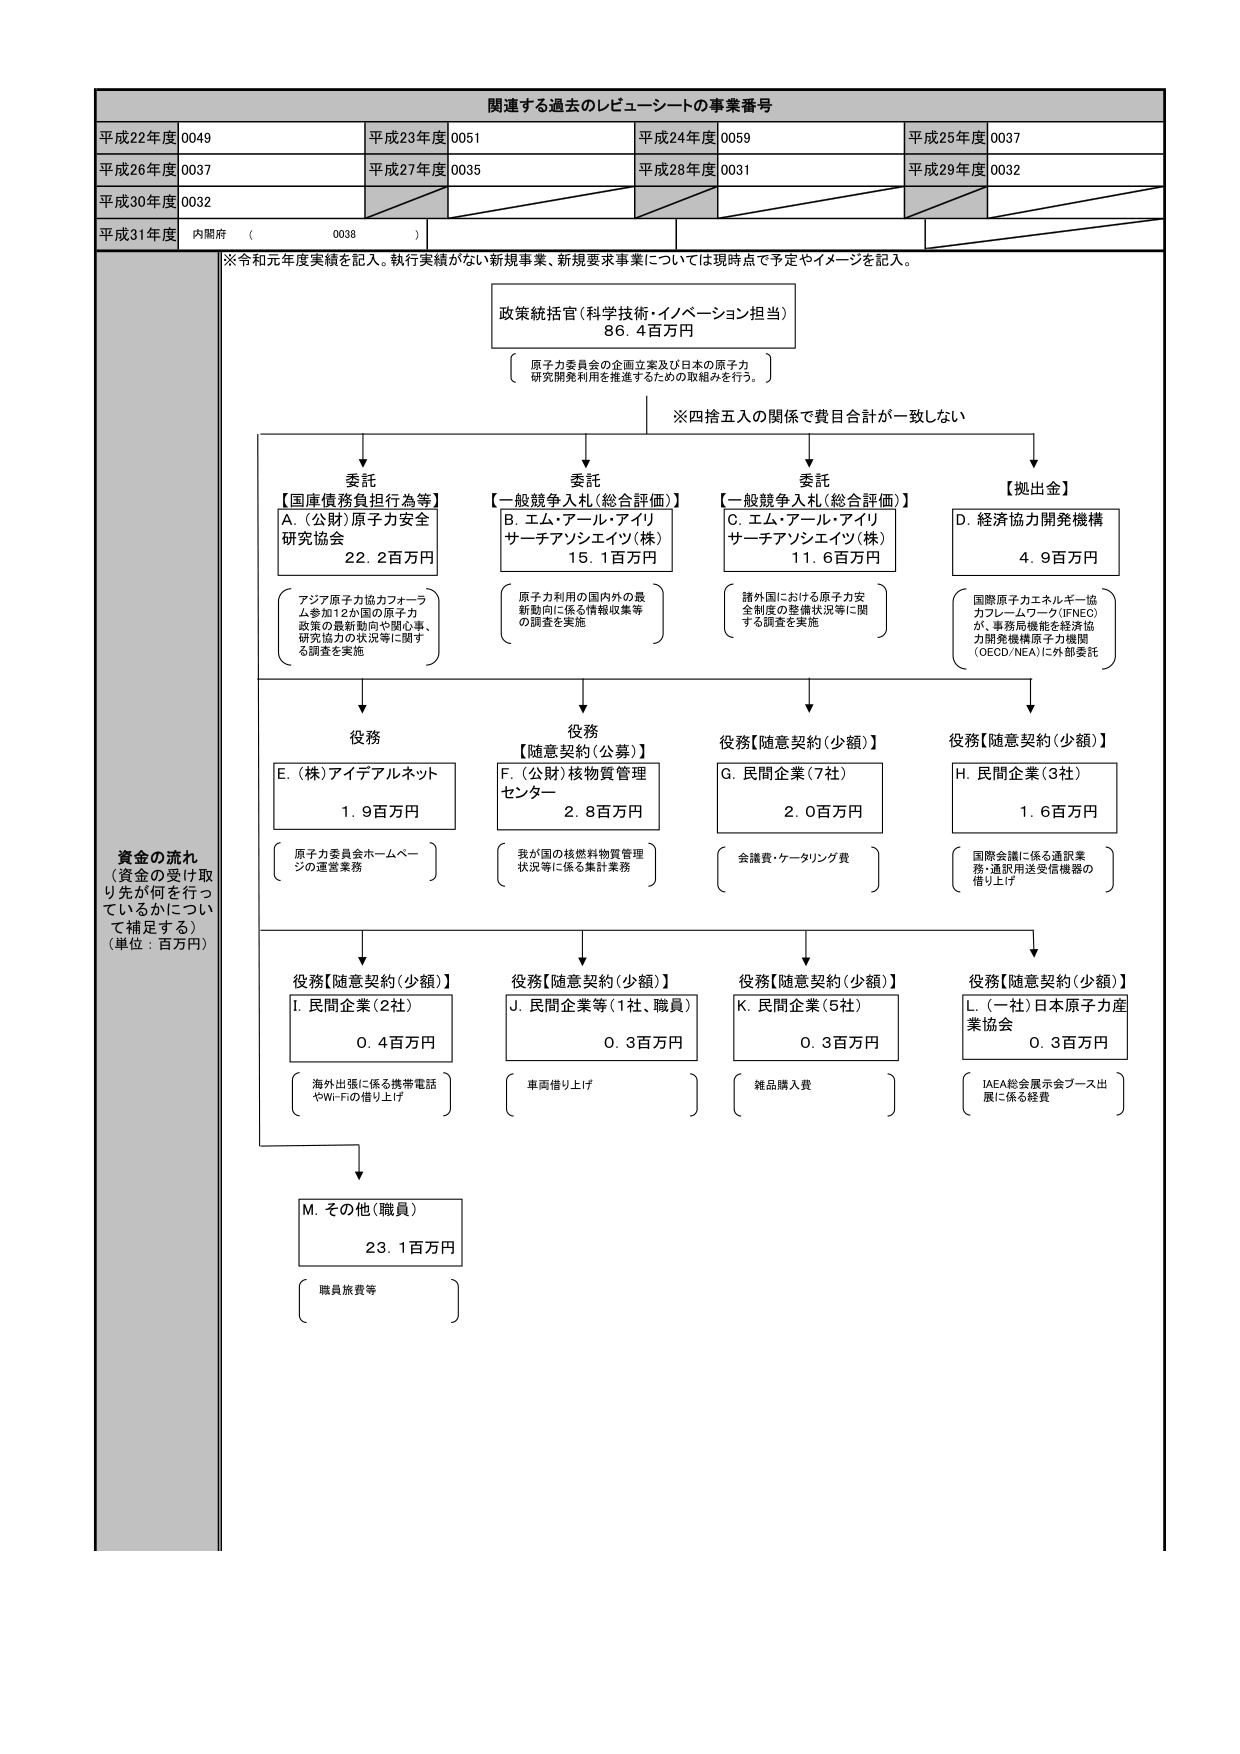
関連する過去のレビューーシートの事業番号
平成22年度 0049
平成23年度 0051
平成24年度 0059
平成25年度 0037
平成26年度 0037
平成27年度 0035
平成28年度 0031
平成29年度 0032
平成30年度 0032
平成31年度 内閣府 （ 0038 ）
※令和元年度実績を記入。執行実績がない新規事業、新規要求事業については現時点で予定やイメージを記入。
政策統括官（科学技術・イノベーション担当）
86.4百万円
（ 原子力委員会の企画立案及び日本の原子力
研究開発利用を推進するための取組みを行う。 ）
※四捨五入の関係で費目合計が一致しない
委託
【国庫債務負担行為等】
A.（公財）原子力安全
研究協会
22.2百万円
（ アジア原子力協力フォーラ
ム参加12か国の原子力
政策の最新動向や関心事、
研究協力の状況等に関す
る調査を実施 ）
委託
【一般競争入札（総合評価）】
B. エム・アール・アイリ
サーチアソシエイツ（株）
15.1百万円
（ 原子力利用の国内外の最
新動向に係る情報収集等
の調査を実施 ）
委託
【一般競争入札（総合評価）】
C. エム・アール・アイリ
サーチアソシエイツ（株）
11.6百万円
（ 諸外国における原子力安
全制度の整備状況等に関
する調査を実施 ）
【拠出金】
D. 経済協力開発機構
4.9百万円
（ 国際原子力エネルギー協
力フレームワーク（IFNEC）
が、事務局機能を経済協
力開発機構原子力機関
（OECD/NEA）に外部委託 ）
役務
E.（株）アイデアルネット
1.9百万円
（ 原子力委員会ホームページ
の運営業務 ）
役務
【随意契約（公募）】
F.（公財）核物質管理
センター
2.8百万円
（ 我が国の核燃料物質管理
状況等に係る集計業務 ）
役務【随意契約（少額）】
G. 民間企業（7社）
2.0百万円
（ 会議費・ケータリング費 ）
役務【随意契約（少額）】
H. 民間企業（3社）
1.6百万円
（ 国際会議に係る通訳業
務・通信用送受信機器の
借り上げ ）
役務【随意契約（少額）】
I. 民間企業（2社）
0.4百万円
（ 海外出張に係る携帯電話
やWi-Fiの借り上げ ）
役務【随意契約（少額）】
J. 民間企業等（1社、職員）
0.3百万円
（ 車両借り上げ ）
役務【随意契約（少額）】
K. 民間企業（5社）
0.3百万円
（ 雑品購入費 ）
役務【随意契約（少額）】
L.（一社）日本原子力産
業協会
0.3百万円
（ IAEA総会展示会ブース出
展に係る経費 ）
M. その他（職員）
23.1百万円
（ 職員旅費等 ）
資金の流れ
（資金の受け取り先が何を行っ
ているかについて補足する）
（単位：百万円）